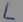
Text: L